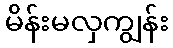
မိန်းမလှကျွန်း